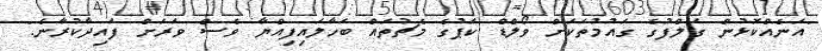
"އަނެއްކޮޅުން ގަލްފުގެ ގައުމުތަކަށް ވޯލްޑް ކަޕުގެ މެޗުތައް ބަހާލައިފިއްޔާ ވެސް ވަރަށް ފައިދާކުރާނެ."